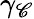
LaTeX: \gamma_{\mathscr{C}}